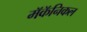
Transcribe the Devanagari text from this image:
मॅकॅनिकल